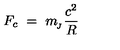
F _ { c } \ = \ m _ { \! _ { J } } \frac { c ^ { 2 } } { R }